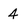
Character: 4